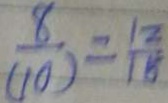
\frac { 8 } { ( 1 0 ) } = \frac { 1 2 } { 1 5 }